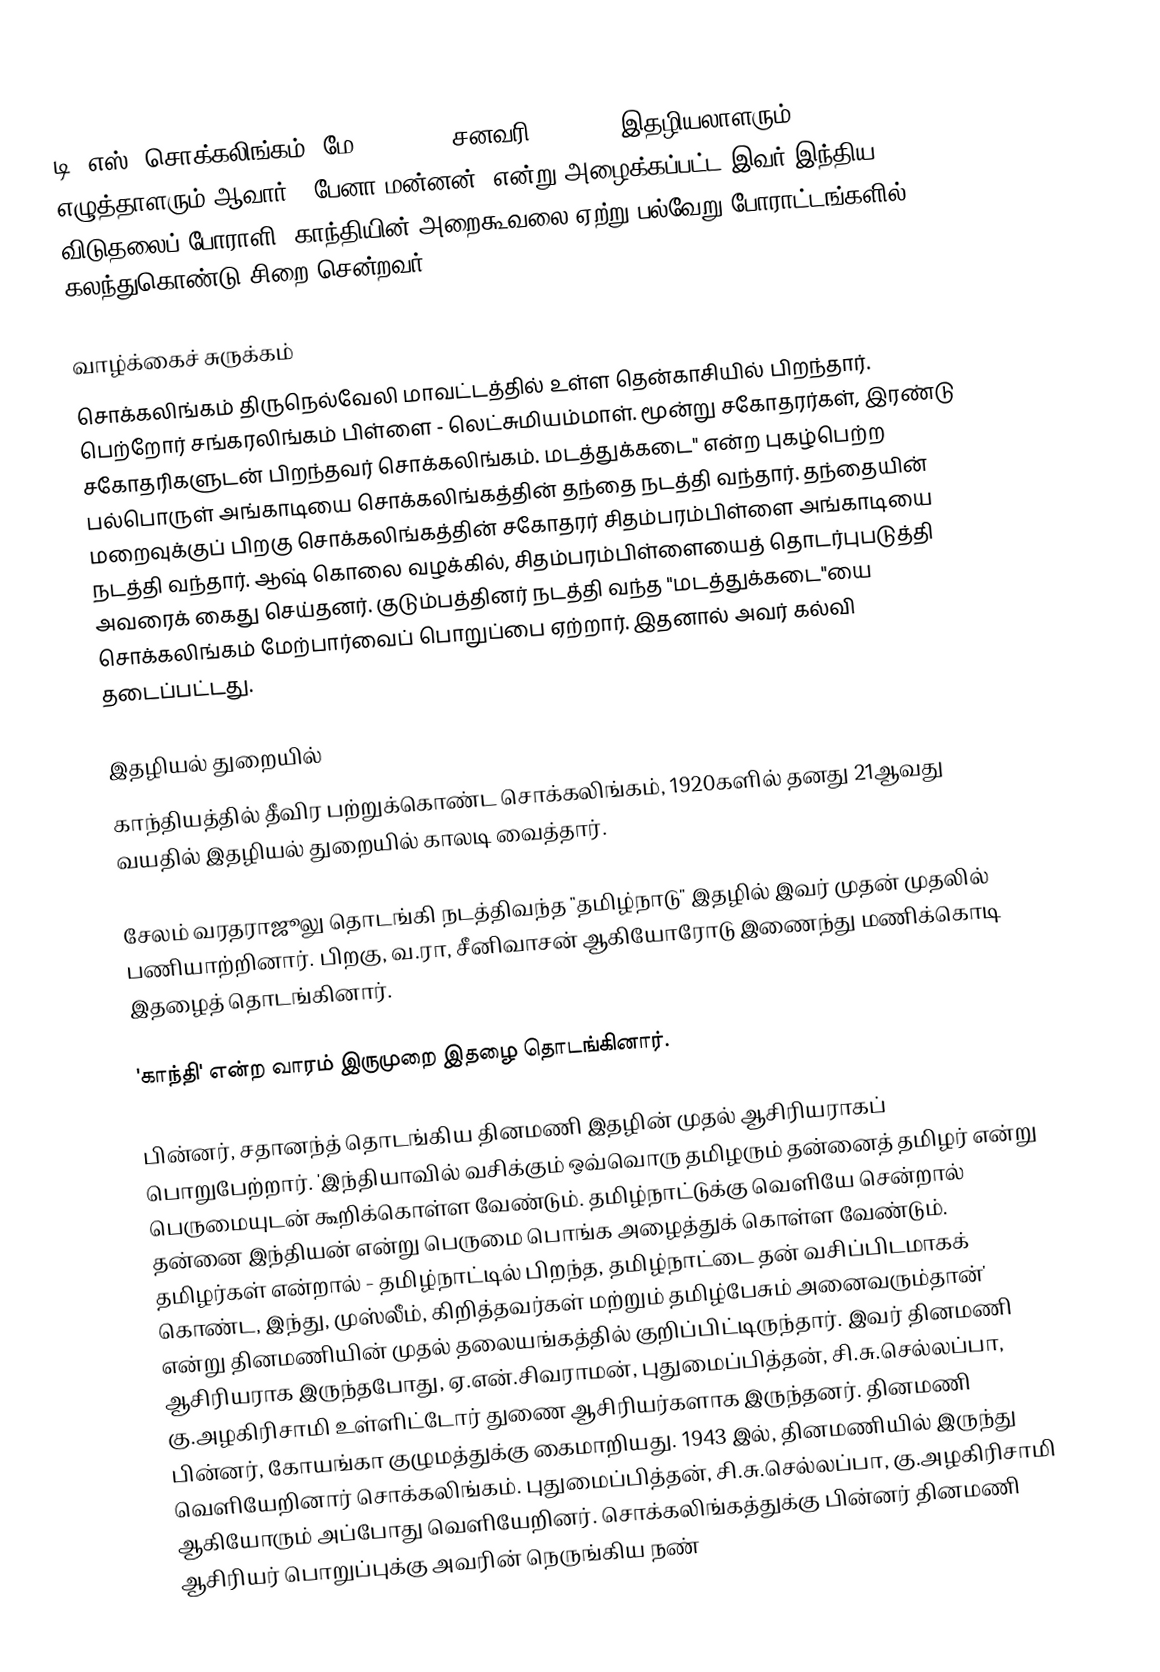
டி. எஸ். சொக்கலிங்கம் (மே 3, 1899 - சனவரி 6, 1966) இதழியலாளரும், எழுத்தாளரும் ஆவார். 'பேனா மன்னன்' என்று அழைக்கப்பட்ட இவர் இந்திய விடுதலைப் போராளி. காந்தியின் அறைகூவலை ஏற்று பல்வேறு போராட்டங்களில் கலந்துகொண்டு சிறை சென்றவர்.

வாழ்க்கைச் சுருக்கம்
சொக்கலிங்கம் திருநெல்வேலி மாவட்டத்தில் உள்ள தென்காசியில் பிறந்தார். பெற்றோர் சங்கரலிங்கம் பிள்ளை - லெட்சுமியம்மாள். மூன்று சகோதரர்கள், இரண்டு சகோதரிகளுடன் பிறந்தவர் சொக்கலிங்கம். மடத்துக்கடை" என்ற புகழ்பெற்ற பல்பொருள் அங்காடியை சொக்கலிங்கத்தின் தந்தை நடத்தி வந்தார். தந்தையின் மறைவுக்குப் பிறகு சொக்கலிங்கத்தின் சகோதரர் சிதம்பரம்பிள்ளை அங்காடியை நடத்தி வந்தார். ஆஷ் கொலை வழக்கில், சிதம்பரம்பிள்ளையைத் தொடர்புபடுத்தி அவரைக் கைது செய்தனர். குடும்பத்தினர் நடத்தி வந்த "மடத்துக்கடை"யை சொக்கலிங்கம் மேற்பார்வைப் பொறுப்பை ஏற்றார். இதனால் அவர் கல்வி தடைப்பட்டது.

இதழியல் துறையில்
காந்தியத்தில் தீவிர பற்றுக்கொண்ட சொக்கலிங்கம், 1920களில் தனது 21ஆவது வயதில் இதழியல் துறையில் காலடி வைத்தார்.

சேலம் வரதராஜூலு தொடங்கி நடத்திவந்த "தமிழ்நாடு" இதழில் இவர் முதன் முதலில் பணியாற்றினார். பிறகு, வ.ரா, சீனிவாசன் ஆகியோரோடு இணைந்து மணிக்கொடி இதழைத் தொடங்கினார்.

'காந்தி' என்ற வாரம் இருமுறை இதழை தொடங்கினார்.

பின்னர், சதானந்த் தொடங்கிய தினமணி இதழின் முதல் ஆசிரியராகப் பொறுபேற்றார். 'இந்தியாவில் வசிக்கும் ஒவ்வொரு தமிழரும் தன்னைத் தமிழர் என்று பெருமையுடன் கூறிக்கொள்ள வேண்டும். தமிழ்நாட்டுக்கு வெளியே சென்றால் தன்னை இந்தியன் என்று பெருமை பொங்க அழைத்துக் கொள்ள வேண்டும். தமிழர்கள் என்றால் - தமிழ்நாட்டில் பிறந்த, தமிழ்நாட்டை தன் வசிப்பிடமாகக் கொண்ட, இந்து, முஸ்லீம், கிறித்தவர்கள் மற்றும் தமிழ்பேசும் அனைவரும்தான்' என்று தினமணியின் முதல் தலையங்கத்தில் குறிப்பிட்டிருந்தார். இவர் தினமணி ஆசிரியராக இருந்தபோது, ஏ.என்.சிவராமன், புதுமைப்பித்தன், சி.சு.செல்லப்பா, கு.அழகிரிசாமி உள்ளிட்டோர் துணை ஆசிரியர்களாக இருந்தனர். தினமணி பின்னர், கோயங்கா குழுமத்துக்கு கைமாறியது. 1943 இல், தினமணியில் இருந்து வெளியேறினார் சொக்கலிங்கம். புதுமைப்பித்தன், சி.சு.செல்லப்பா, கு.அழகிரிசாமி ஆகியோரும் அப்போது வெளியேறினர். சொக்கலிங்கத்துக்கு பின்னர் தினமணி ஆசிரியர் பொறுப்புக்கு அவரின் நெருங்கிய நண்